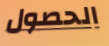
الحصول